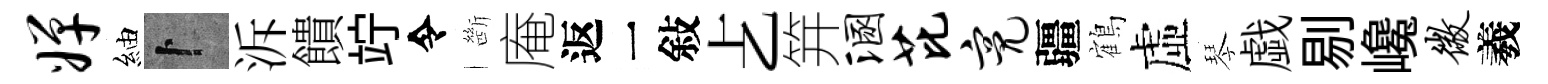
婵紬卜泝饋竚令㫁庵返一敍𠧒笄溷芘亮疆鶴虛琴戯剔巉微羲